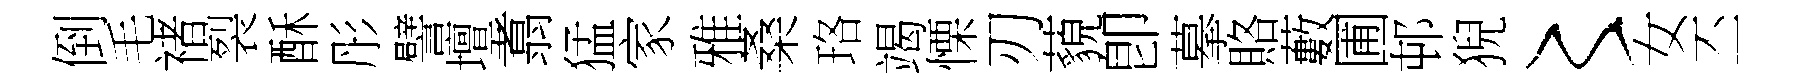
倒毛禇裂酥彤譬壇翥猛家雅桑珞竭慄刃藐卽摹賂藪圃邨猊〻女丕